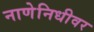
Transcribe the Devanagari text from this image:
नाणेनिधीवर